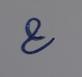
Signature authenticity: genuine